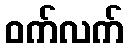
ဝက်လက်